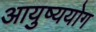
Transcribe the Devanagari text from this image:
आयुष्ययोग